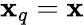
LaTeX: \mathbf{x}_{q}=\mathbf{x}